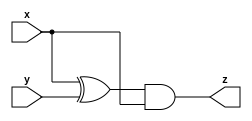
module mt2015_q4a (input x, input y, output z);
        assign z = (x ^ y) & x;
endmodule

module mt2015_q4b (input x, input y, output z);
        assign z = ~(x ^ y);
endmodule

module top_module (input x, input y, output z);
    wire a, b, c, d;
    mt2015_q4a u1 (.x(x), .y(y), .z(a));
    mt2015_q4b u2 (.x(x), .y(y), .z(b));
    mt2015_q4a u3 (.x(a), .y(b), .z(c));
    mt2015_q4b u4 (.x(a), .y(b), .z(d));
    assign z = (a | b) ^ (c & d);
endmodule